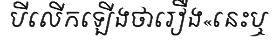
បីលើកឡើងថារឿង«នេះឬ